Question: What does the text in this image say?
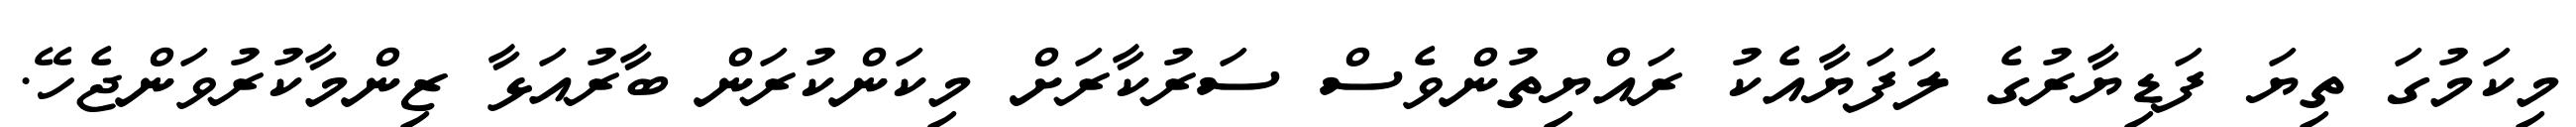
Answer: މިކަމުގަ ތިޔަ ފަޑިޔާރުގެ ލަފަޔާއެކު ރައްޔިތުންވެސް ސަރުކާރަށް މިކަންކުރަން ބާރުއަޅާ ޒިންމާކުރުވަންޖެހޭ.